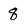
Character: 8